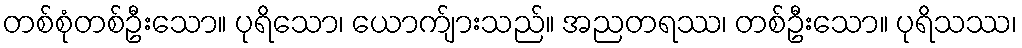
တစ်စုံတစ်ဦးသော။ ပုရိသော၊ ယောက်ျားသည်။ အညတရဿ၊ တစ်ဦးသော။ ပုရိသဿ၊